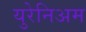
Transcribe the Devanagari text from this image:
युरेनिअम